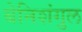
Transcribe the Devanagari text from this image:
बेनिशंगुल